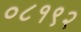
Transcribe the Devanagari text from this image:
०८१९२